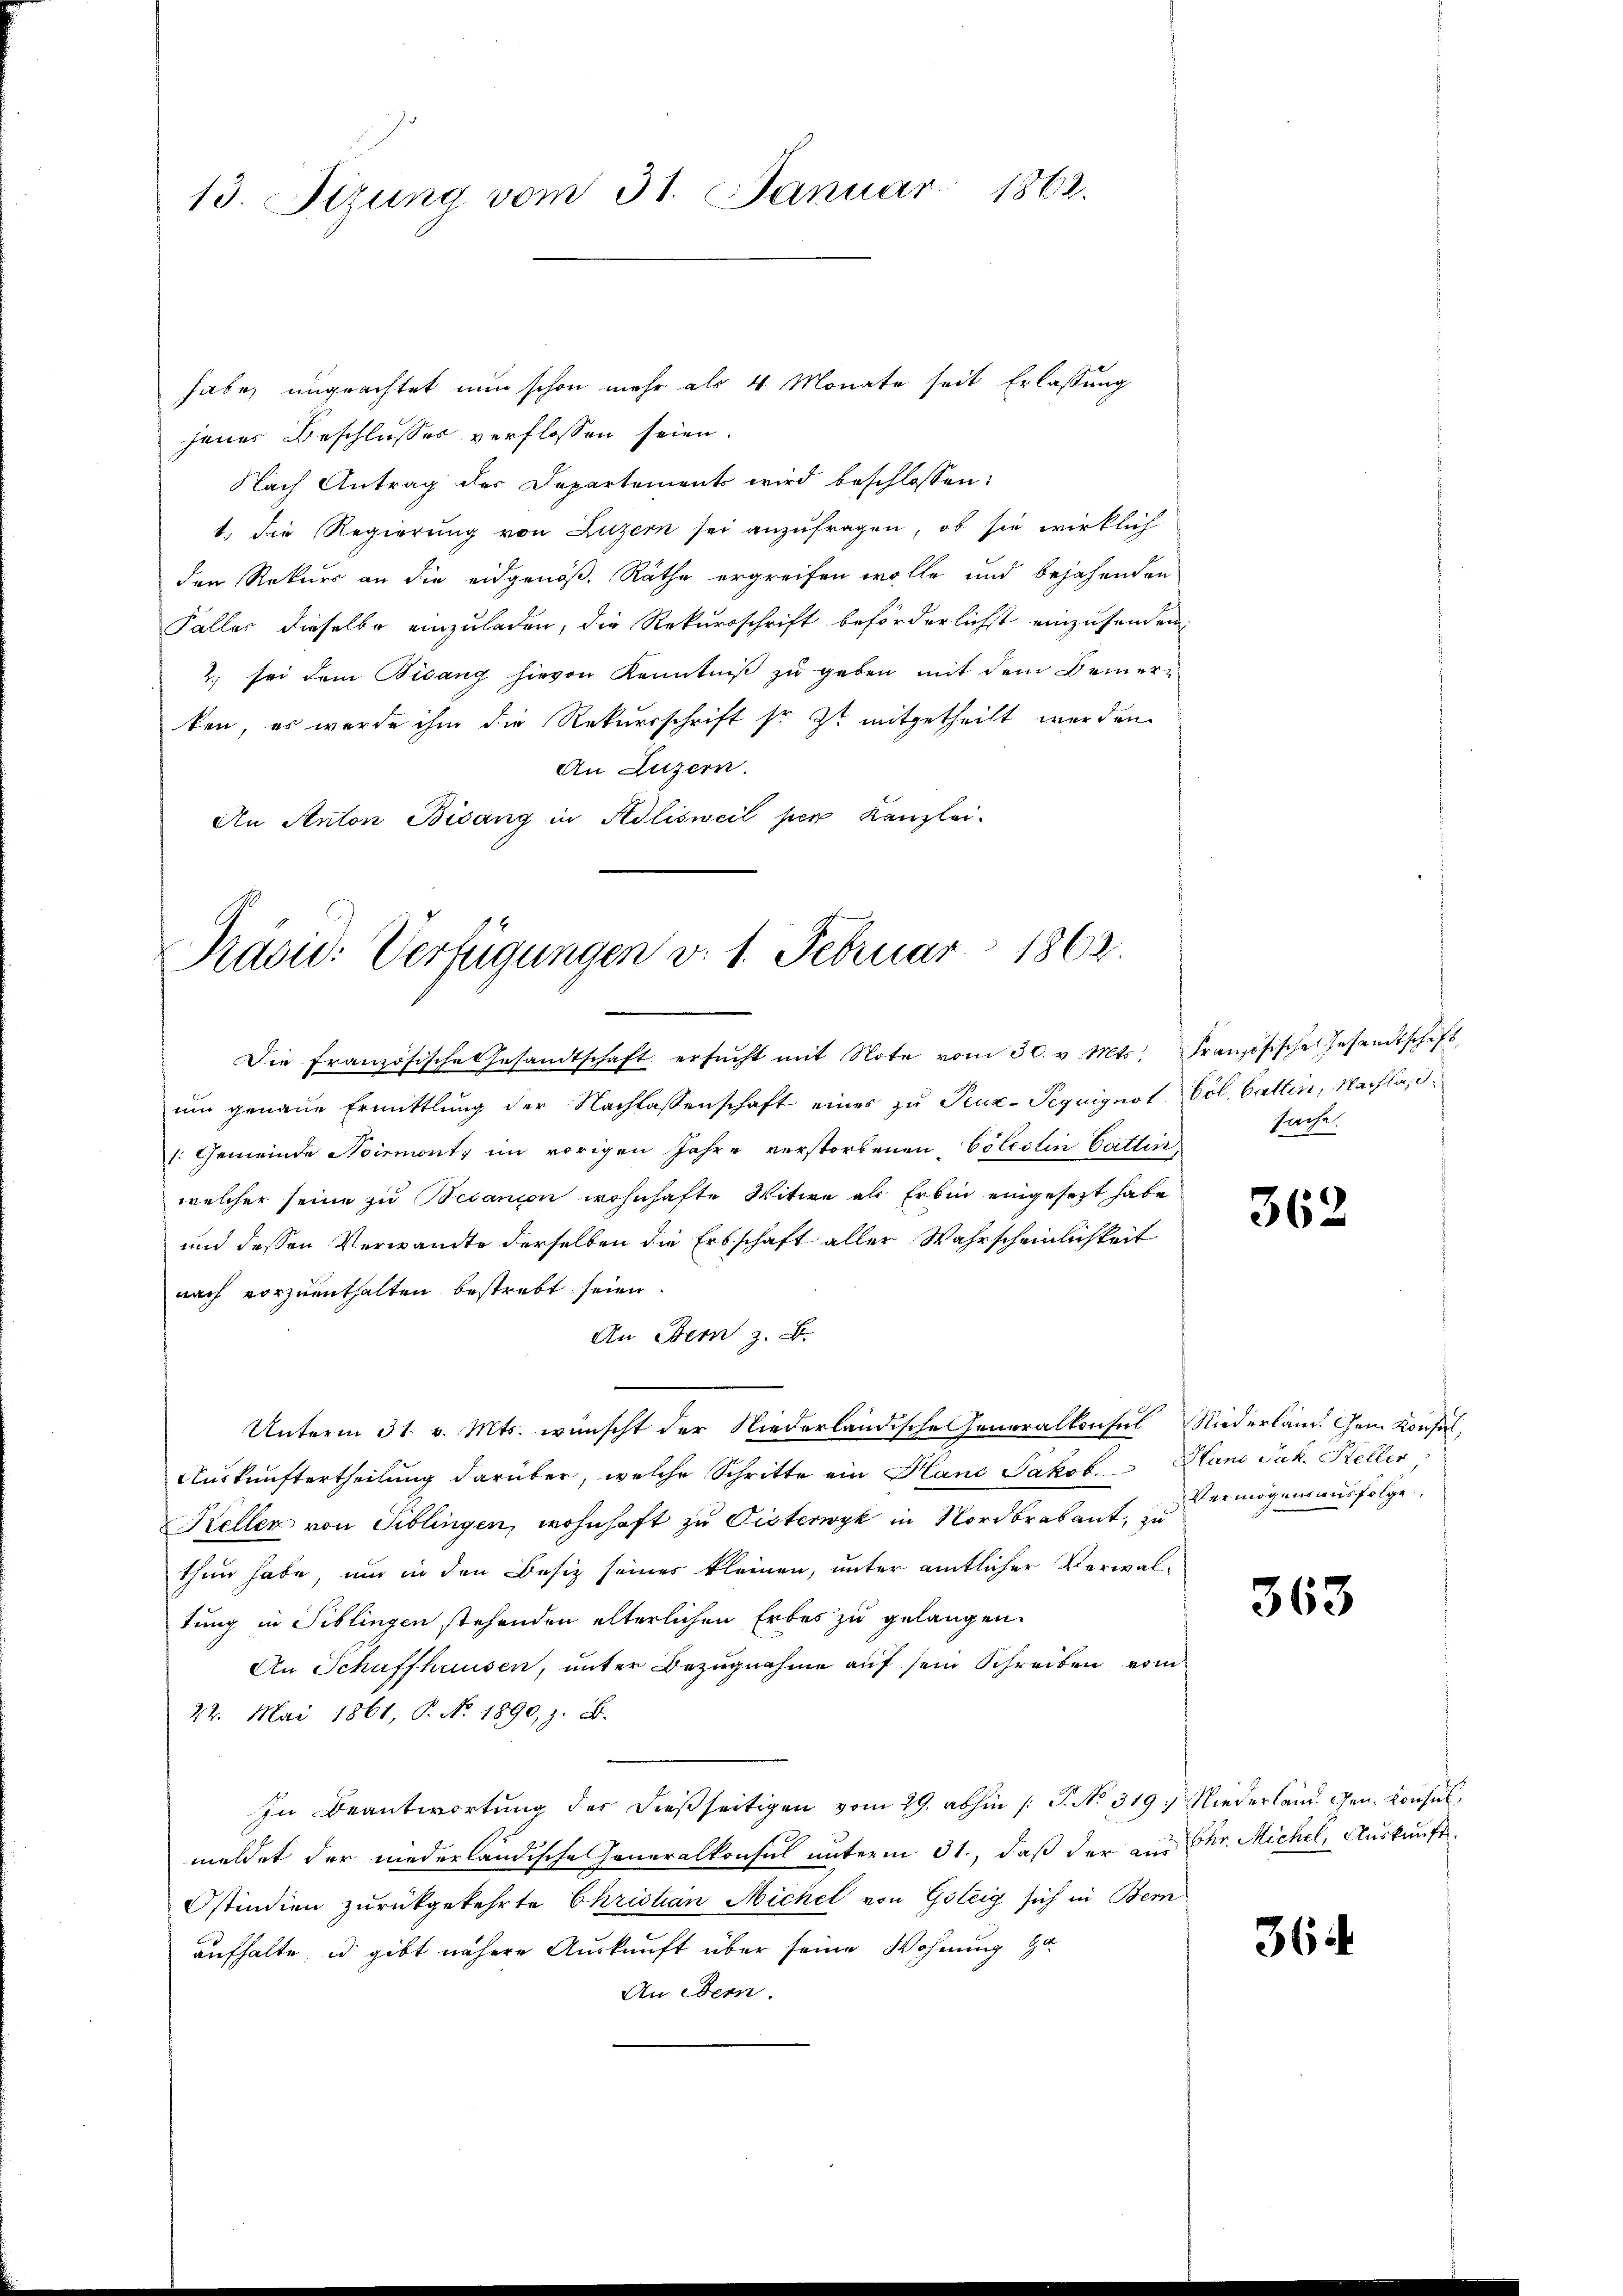
13. Sizung vom 31. Januar 1862.

habe, ungeachtet nun schon mehr als 4 Monate seit Erlassung
jenes Beschlusses verflossen seien.
Nach Antrag der Departements wird beschlossen:
1. Die Regierung von Luzern sei anzufragen, ob sie wirklich
den Rekurs an die eidgenöß. Räthe ergreifen wolle und bejahenden
Faller dieselbe einzuladen, die Rekursschrift beförderlichst einzusenden.
2. sei dem Bisang hievon Kenntniß zu geben mit dem Bemerken, es wurde ihm die Rekursschrift so ist mitgetheilt werden.
An Luzern.
An Anton Bisang in Adlisweil per Kanzlei.

Präsid. Verfügungen v. 1. Februar 1863.

Die Französische Gesandtschaft ersŭcht mit Note vom 30. v. Mts. Französische Gesandtschaft,
um genaue Ermittlung der Nachlassenschaft eines zu Peux-Pequignot Göl. Cattin, Nachlass
1: Gemeinde Noirmont im vorigen Jahre verstorbenen Cölestin Collin
welcher seine zu Besanion wohnhafte Witwe als Erbin eingesezt habe
und dessen Verwandte derselben die Erbschaft aller Wahrscheinlichkeit
nach vorzuenthalten bestrebt seien.
An Dein z. B.
Unterm 31. v. Mts. wünscht der Niederländische Generalkonsul Niederland. Gem. Konsul,
Auskunftertheilung darüber, welche Schritte ein Hand Jakob Hand Jak. Heller
Keller von Siblingen, wohnhaft zu Pisterwyk in Nordbrabant, zu
thun habe, und in den Besitz seines kleinen, unter amtlicher Verwaltung in Siblingen stehenden elterlichen Erbes zu gelangen.
An Schaffhausen, ŭnter Bezŭgnahme aŭf sein Schreiben vom
22. Mai 1861, P. No. 1890, z. B.
In Beantwortung der dießseitigen vom 29. abhin /: P. No. 319. Niederland. Gen. Konsul
meldet der niederländische Generalkonsul unterm 31., daß der aus Chr. Michel, Auskunft
Ostindien zurückgekehrte Christian Michel von Göteig sich in Bern
aufhalte, id gibt nähere Auskunft über seine Wohnung ha
An Bern.

sache.

362

Vermögensausfolge

363

36